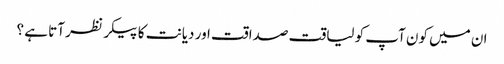
ان میں کون آپ کو لیاقت صداقت اور دیانت کا پیکر نظر آتا ہے ؟